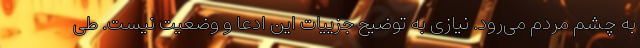
به چشم مردم می‌رود. نیازی به توضیح جزییات این ادعا و وضعیت نیست. طی